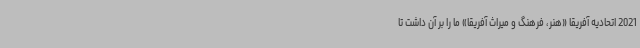
2021 اتحادیه آفریقا «هنر، فرهنگ و میراث آفریقا» ما را بر آن داشت تا